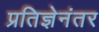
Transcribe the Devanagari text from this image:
प्रतिज्ञेनंतर